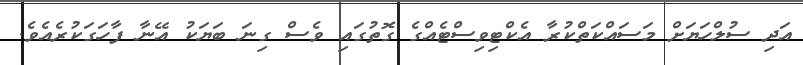
އަދި ސުލްހަޔަށް މަސައްކަތްކުރާ އެކްޓިވިސްޓެއްގެ ގޮތުގައި ވެސް ގިނަ ބަޔަކު އޭނާ ފާހަގަކުރެއެވެ.